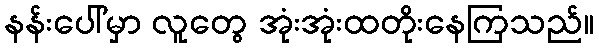
နန်းပေါ်မှာ လူတွေ အုံးအုံးထတိုးနေကြသည်။